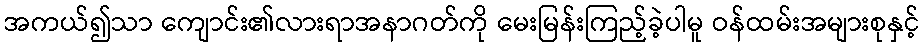
အကယ်၍သာ ကျောင်း၏လားရာအနာဂတ်ကို မေးမြန်းကြည့်ခဲ့ပါမူ ဝန်ထမ်းအများစုနှင့်